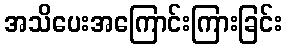
အသိပေးအကြောင်းကြားခြင်း